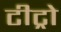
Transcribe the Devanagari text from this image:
टीट्रो